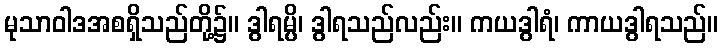
မုသာဝါဒအစရှိသည်တို့၌။ ဒွါရမ္ပိ၊ ဒွါရသည်လည်း။ ကယဒွါရံ၊ ကာယဒွါရသည်။